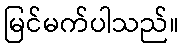
မြင်မက်ပါသည်။